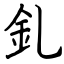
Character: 釓